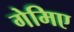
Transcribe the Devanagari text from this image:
गेमिए